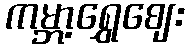
ကမ္ဘာ့ရွှေဈေး